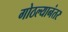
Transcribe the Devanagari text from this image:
गोठल्यानंतर